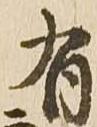
有